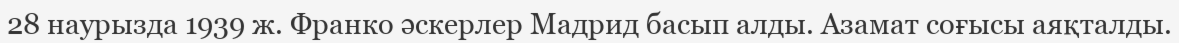
28 наурызда 1939 ж. Франко әскерлер Мадрид басып алды. Азамат соғысы аяқталды.